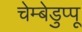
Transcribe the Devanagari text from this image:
चेम्बेडुप्पू